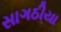
સાગઠીયા